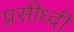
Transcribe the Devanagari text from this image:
प्रसीध्दी